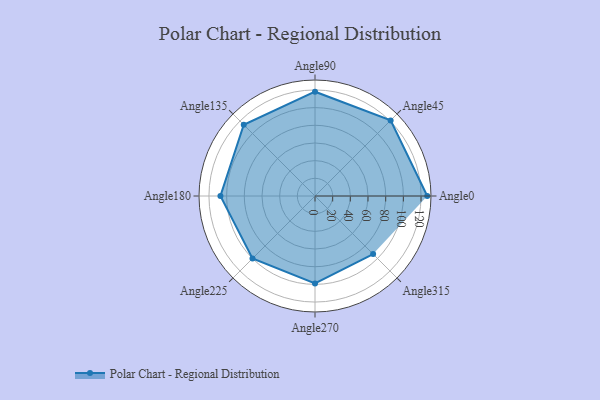
{"axis": {"x": "Angle", "y": "Radius"}, "legend": [""], "data": [{"x": "Angle0", "y": 127.0, "type": ""}, {"x": "Angle45", "y": 121.0, "type": ""}, {"x": "Angle90", "y": 118.0, "type": ""}, {"x": "Angle135", "y": 114.0, "type": ""}, {"x": "Angle180", "y": 107.0, "type": ""}, {"x": "Angle225", "y": 100.0, "type": ""}, {"x": "Angle270", "y": 99.0, "type": ""}, {"x": "Angle315", "y": 93.0, "type": ""}]}